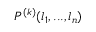
P ^ { ( k ) } ( l _ { 1 } , . . . , l _ { n } )